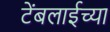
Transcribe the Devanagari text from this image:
टेंबलाईच्या